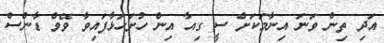
އަދި ތިން ވަނަ އިނާމަކަށް ސީ ގިއާ އިން ހުށަހަޅާފައިވާ ވޭވް ޑާންސް